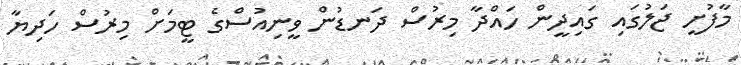
މާފުށީ ޖަލުގައި ގައިދީން ހައްދާ މިރުސް ދަނޑުން ވީނިއުސްގެ ޓީމަށް މިރުސް ހަދިޔާ